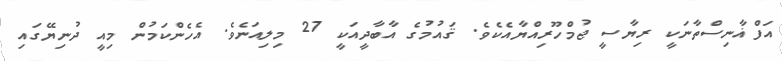
އަފްޣާނިސްތާނަކީ ރިޔާސީ ޖުމްހޫރިއްޔާއެކެވެ. ޤައުމުގެ އާބާދީއަކީ 27 މިލިއަނެވެ. އެހެންކަމުން މިއީ ދުނިޔޭގައި